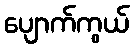
ပျောက်ကွယ်